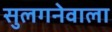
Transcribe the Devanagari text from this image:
सुलगनेवाला